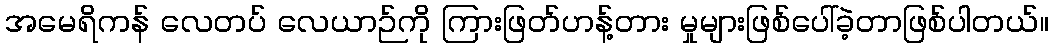
အမေရိကန် လေတပ် လေယာဉ်ကို ကြားဖြတ်ဟန့်တား မှုများဖြစ်ပေါ်ခဲ့တာဖြစ်ပါတယ်။